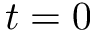
t = 0